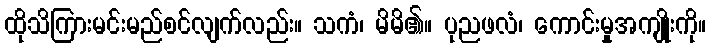
ထိုသိကြားမင်းမည်စင်လျက်လည်း။ သကံ၊ မိမိ၏။ ပုညဖလံ၊ ကောင်းမှုအကျိုးကို။